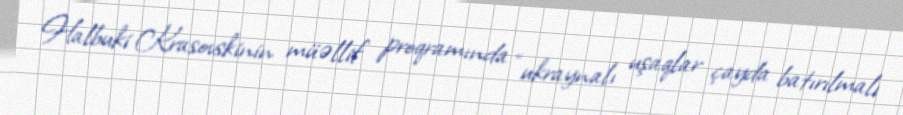
Halbuki Krasovskinin müəllif proqramında “ukraynalı uşaqlar çayda batırılmalı